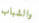
والشباب